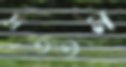
দ্রততম